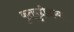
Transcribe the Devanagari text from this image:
कुतुबुद्दीनच्या